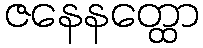
ဇနေနတ္ထော